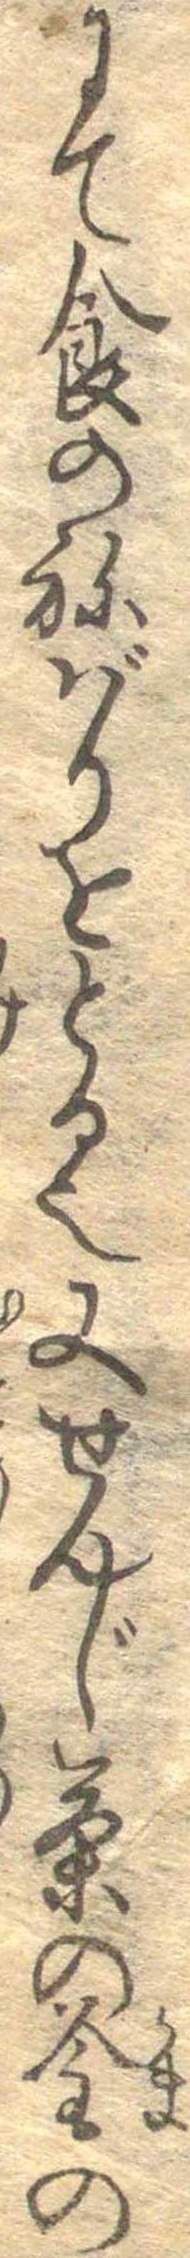
にて食のねばりをとる也又せんじ茶の釜の